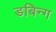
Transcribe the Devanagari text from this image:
डबिन्ग